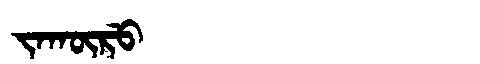
Manchu: ᠵᠠᡴᡡᡵᡠ
Romanization: JAKŪRU